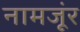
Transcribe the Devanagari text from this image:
नामजूंर